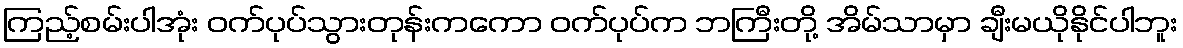
ကြည့်စမ်းပါအုံး ဝက်ပုပ်သွားတုန်းကကော ဝက်ပုပ်က ဘကြီးတို့ အိမ်သာမှာ ချီးမယိုနိုင်ပါဘူး